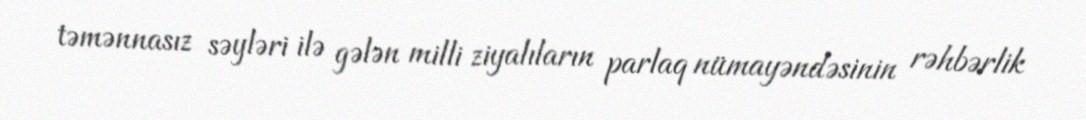
təmənnasız səyləri ilə gələn milli ziyalıların parlaq nümayəndəsinin rəhbərlik